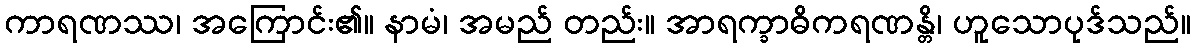
ကာရဏဿ၊ အကြောင်း၏။ နာမံ၊ အမည် တည်း။ အာရက္ခာဓိကရဏန္တိ၊ ဟူသောပုဒ်သည်။